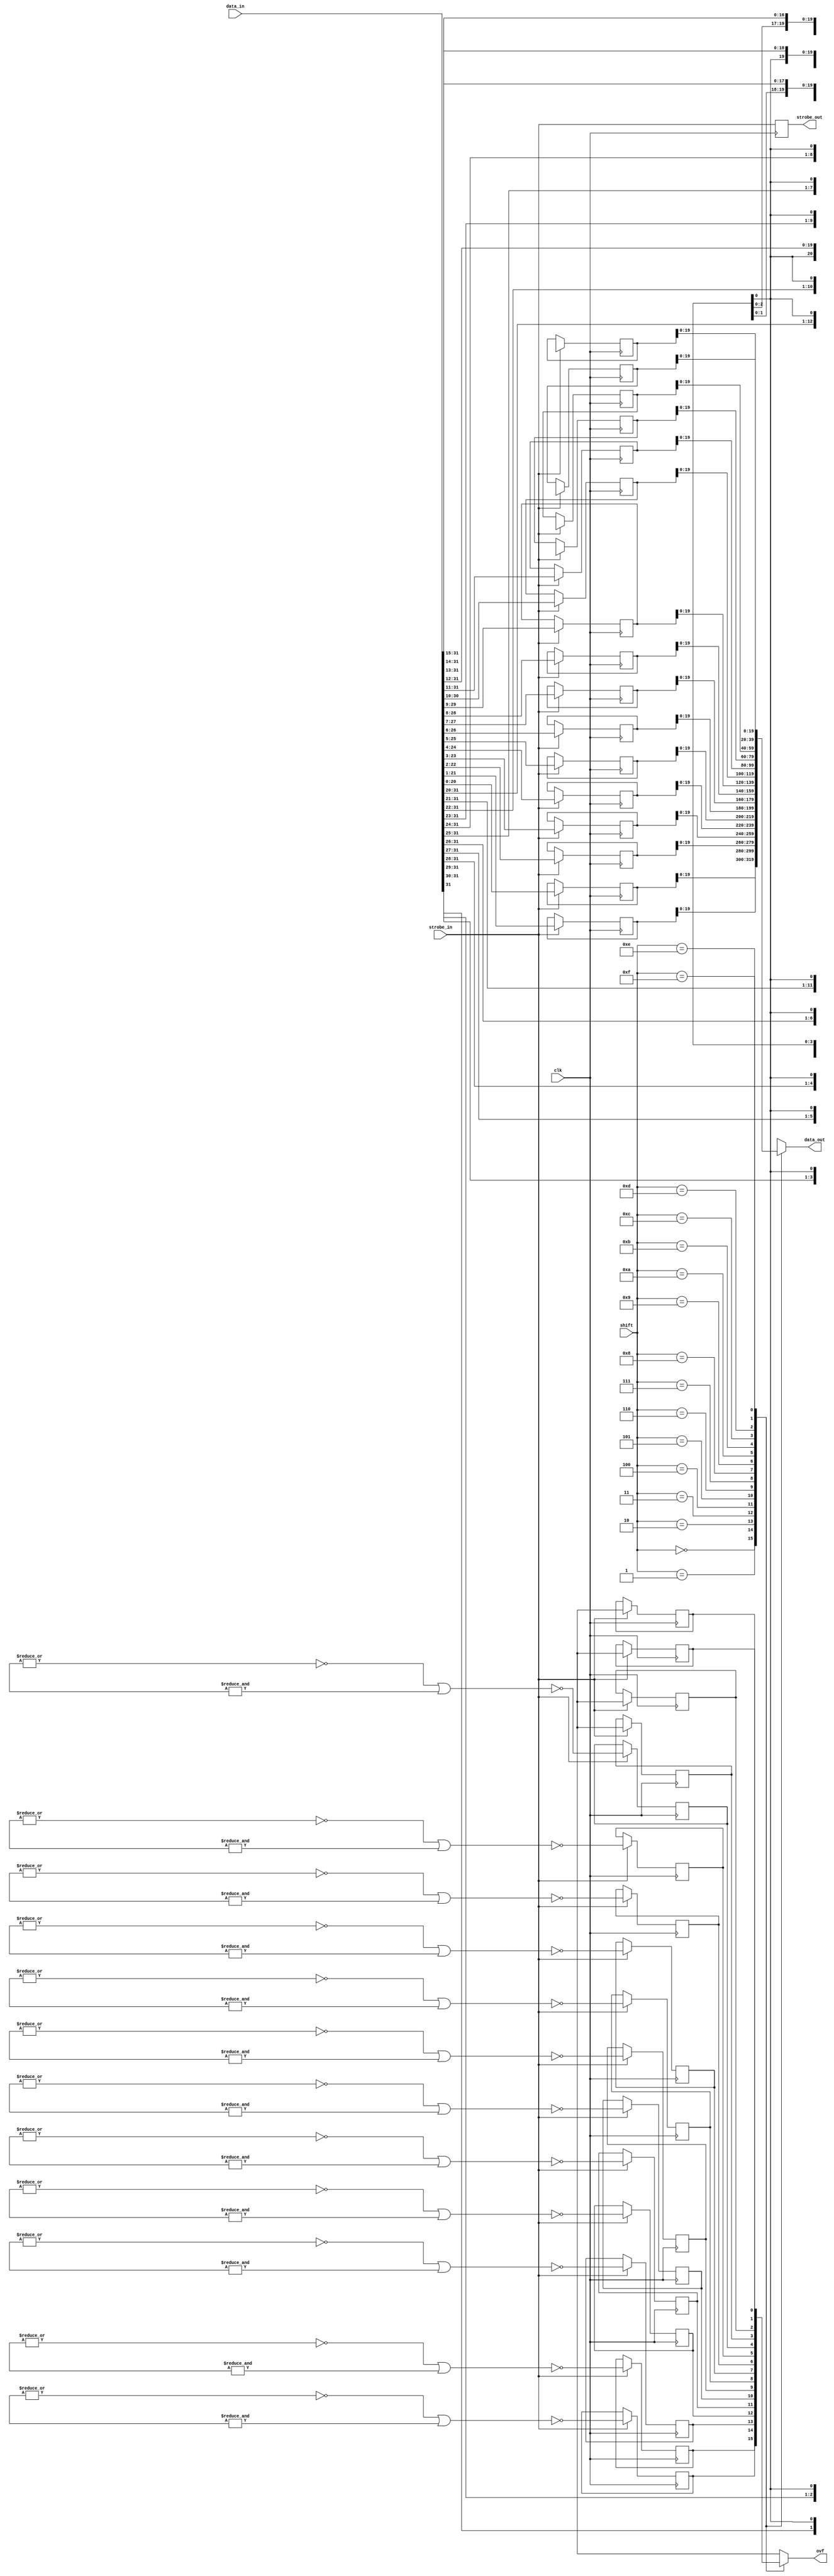
`timescale 1ns / 1ns

module shift(
	clk,
	data_in,
	strobe_in,
	shift,  // controls scaling of result
	data_out,
	strobe_out,
	ovf
);

parameter dw=32;  // data width of mon_chan output:
	// should be CIC input data width (18),
	// plus 2 * log2(max sample period)
parameter dsr_len = 12;  // expected length of strobe pattern
parameter use_hb = 1;  // compile-time conditional code

input clk;
input [dw-1:0] data_in;
input strobe_in;
input [3:0] shift;
output signed [19:0] data_out;
output strobe_out;
output ovf;

parameter dwmax = 36;
reg [20:0] shiftmem[15:0];
reg  ovfmem[15:0];
reg strobe_reg=0;
`define UNIFORM(x) ((~|(x)) | &(x))  // All 0's or all 1's
always @(posedge clk) begin
	if (strobe_in) begin
		shiftmem[0]<=data_in[20:0];ovfmem[0] <= ~`UNIFORM(data_in[dwmax:20]);
		shiftmem[1]<=data_in[21:1];ovfmem[1] <= ~`UNIFORM(data_in[dwmax:21]);
		shiftmem[2]<=data_in[22:2];ovfmem[2] <= ~`UNIFORM(data_in[dwmax:22]);
		shiftmem[3]<=data_in[23:3];ovfmem[3] <= ~`UNIFORM(data_in[dwmax:23]);
		shiftmem[4]<=data_in[24:4];ovfmem[4] <= ~`UNIFORM(data_in[dwmax:24]);
		shiftmem[5]<=data_in[25:5];ovfmem[5] <= ~`UNIFORM(data_in[dwmax:25]);
		shiftmem[6]<=data_in[26:6];ovfmem[6] <= ~`UNIFORM(data_in[dwmax:26]);
		shiftmem[7]<=data_in[27:7];ovfmem[7] <= ~`UNIFORM(data_in[dwmax:27]);
		shiftmem[8]<=data_in[28:8];ovfmem[8] <= ~`UNIFORM(data_in[dwmax:28]);
		shiftmem[9]<=data_in[29:9];ovfmem[9] <= ~`UNIFORM(data_in[dwmax:29]);
		shiftmem[10]<=data_in[30:10];ovfmem[10] <= ~`UNIFORM(data_in[dwmax:30]);
		shiftmem[11]<=data_in[31:11];ovfmem[11] <= ~`UNIFORM(data_in[dwmax:31]);
		shiftmem[12]<=data_in[32:12];ovfmem[12] <= ~`UNIFORM(data_in[dwmax:32]);
		shiftmem[13]<=data_in[33:13];ovfmem[13] <= ~`UNIFORM(data_in[dwmax:33]);
		shiftmem[14]<=data_in[34:14];ovfmem[14] <= ~`UNIFORM(data_in[dwmax:34]);
		shiftmem[15]<=data_in[35:15];ovfmem[15] <= ~`UNIFORM(data_in[dwmax:35]);
	end
	strobe_reg<= strobe_in;
end
assign data_out=shiftmem[shift];
assign ovf=ovfmem[shift];
assign strobe_out=strobe_reg;
endmodule